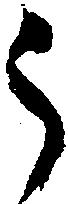
う